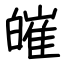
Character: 皠